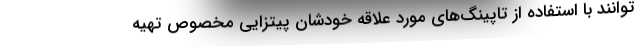
‌توانند با استفاده از تاپینگ‌های مورد علاقه خودشان پیتزایی مخصوص تهیه